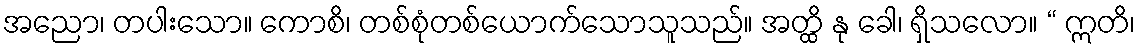
အညော၊ တပါးသော။ ကောစိ၊ တစ်စုံတစ်ယောက်သောသူသည်။ အတ္ထိ နု ခေါ၊ ရှိသလော။ “ ဣတိ၊